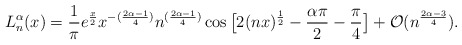
\begin{align*}L^{\alpha}_{n}(x)=\frac{1}{\pi} e^{\frac{x}{2}}x^{-(\frac{2\alpha-1}{4})} n^{(\frac{2\alpha-1}{4})}\cos\big[2(nx)^{\frac{1}{2}}-\frac{\alpha \pi}{2}-\frac{\pi}{4}\big]+\mathcal{O}( n^{\frac{2\alpha-3}{4}}).\end{align*}